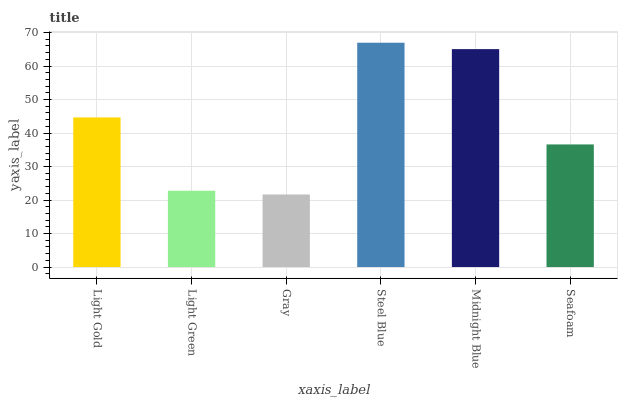
| xaxis_label | bars |
 | --- | --- |
 | Light Gold | 44.7 |
 | Light Green | 22.8 |
 | Gray | 21.7 |
 | Steel Blue | 67 |
 | Midnight Blue | 65.1 |
 | Seafoam | 36.6 |